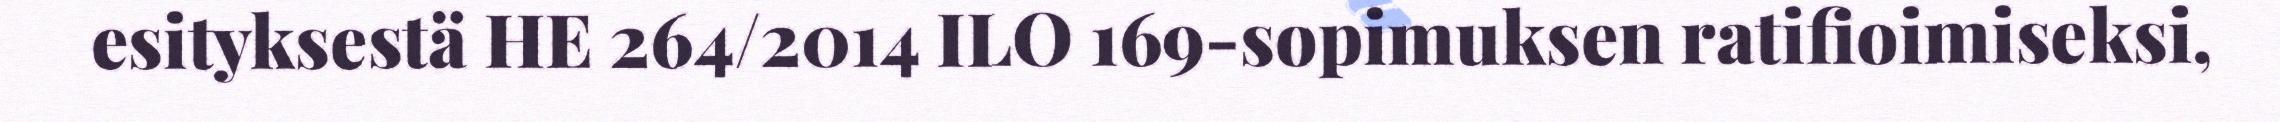
esityksestä HE 264/2014 ILO 169-sopimuksen ratifioimiseksi,